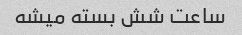
ساعت شش بسته میشه